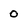
Character: 0